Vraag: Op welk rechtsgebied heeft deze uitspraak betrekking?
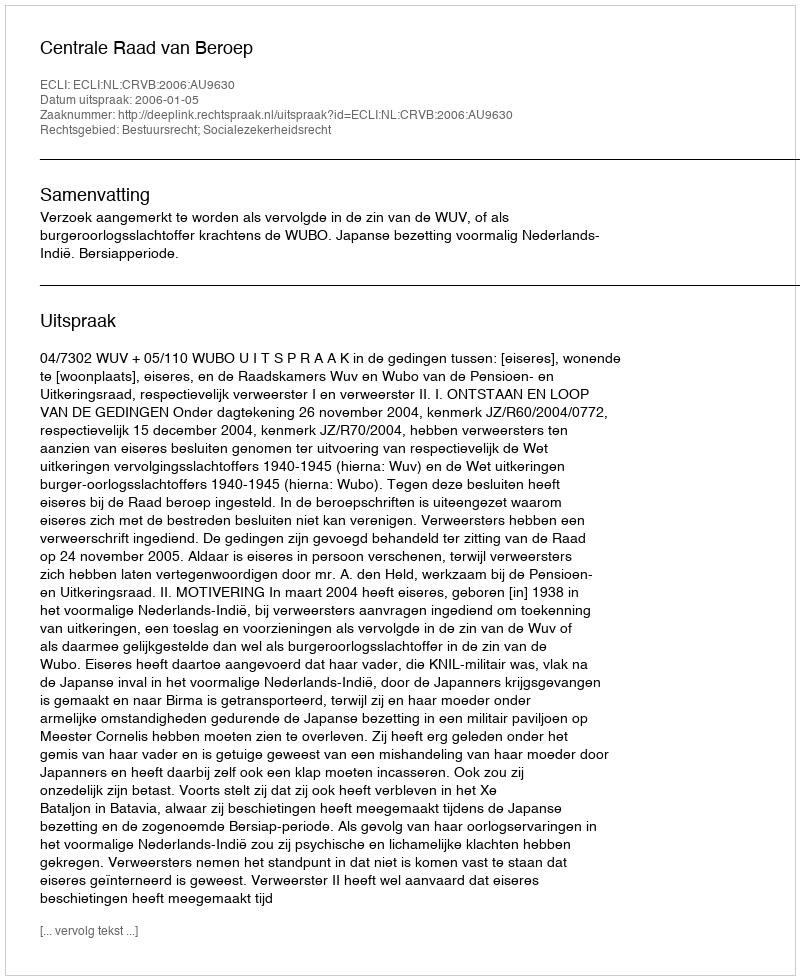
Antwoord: Bestuursrecht; Socialezekerheidsrecht